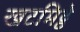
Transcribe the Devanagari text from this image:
खटमिट्ठे